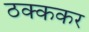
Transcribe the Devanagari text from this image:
ठक्ककर